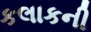
કલાકની